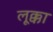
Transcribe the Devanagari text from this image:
लूक्का